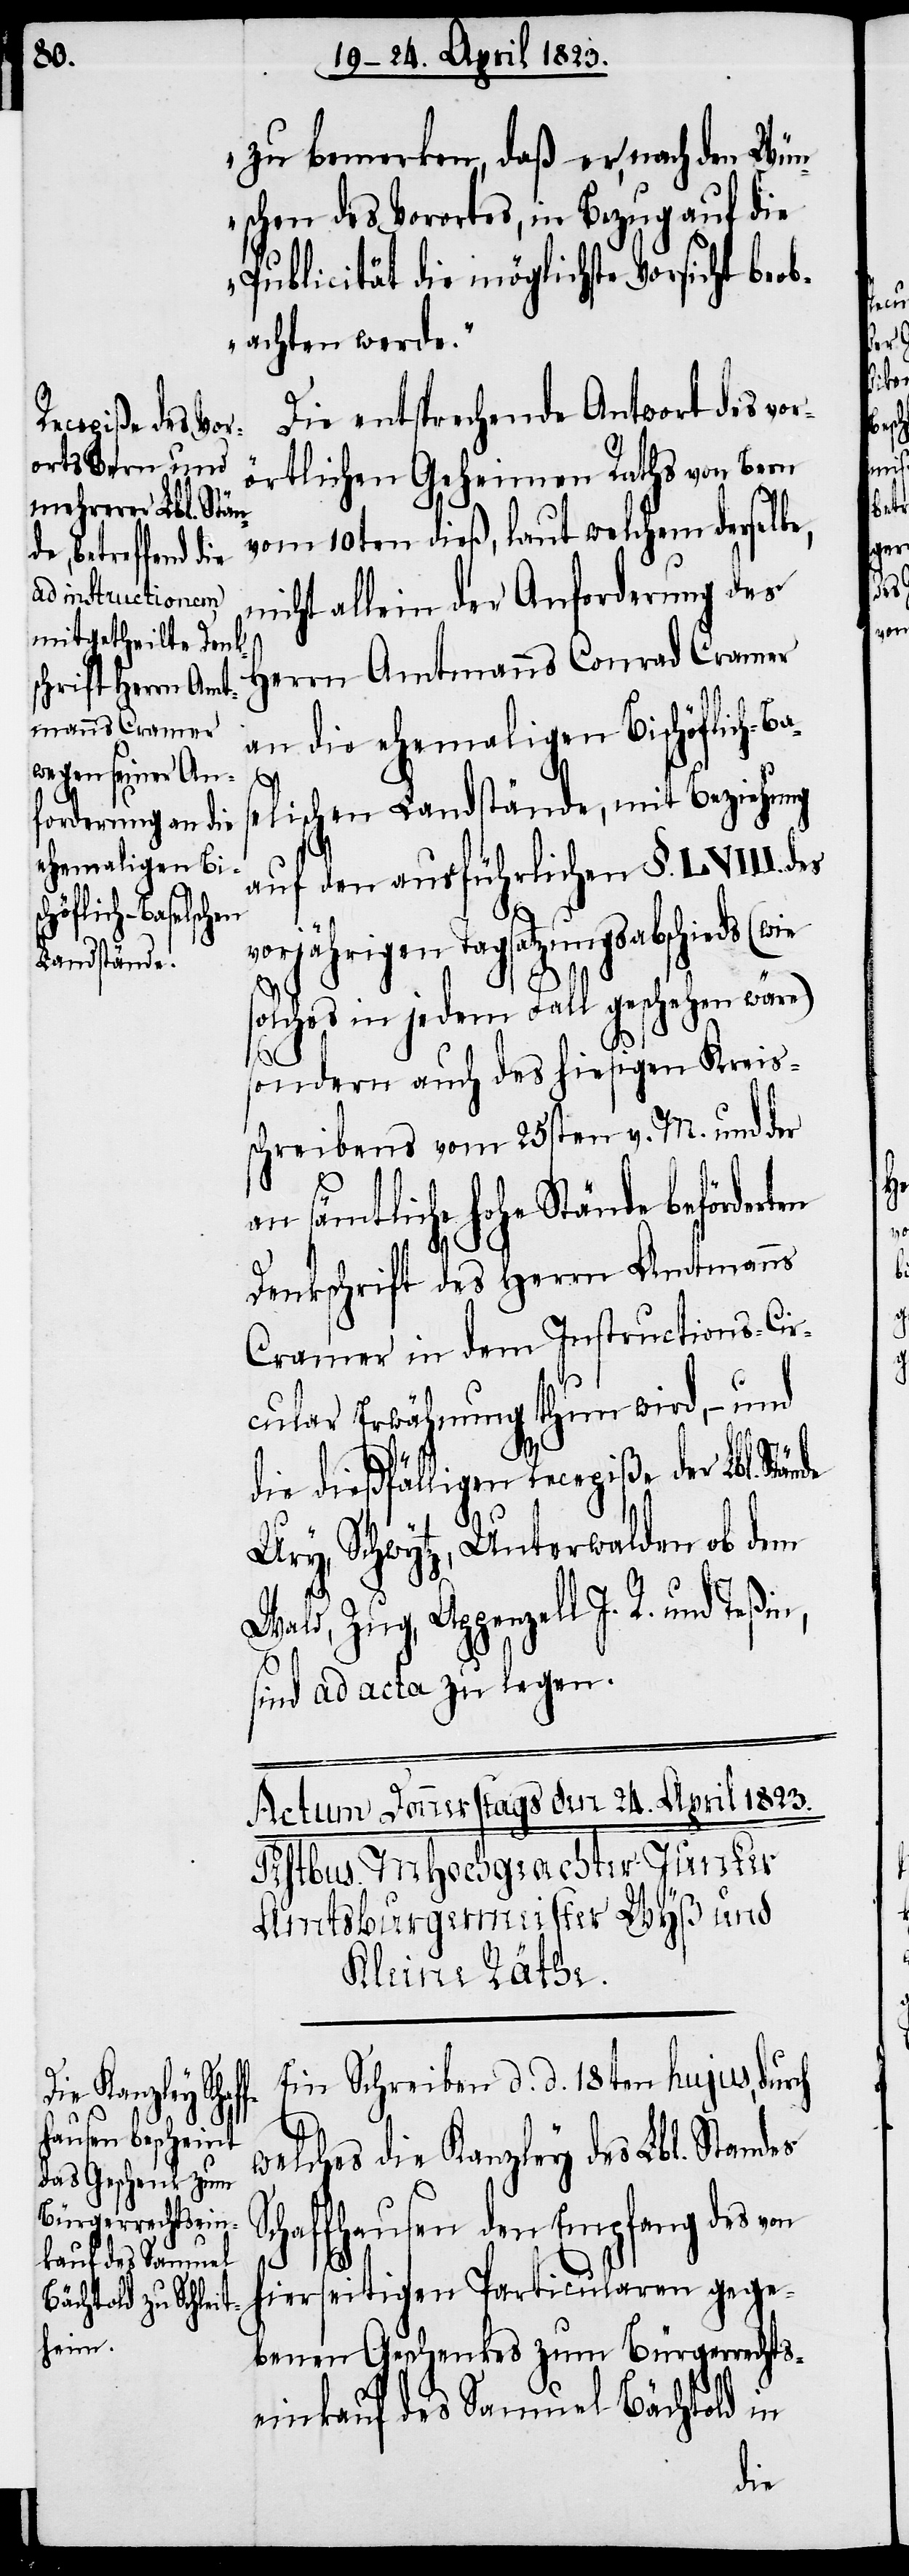
zu bemerken, daß er, nach den Wün¬
schen des Vorortes, in Bezug auf die
Publicität die möglichste Vorsicht beob¬
achten werde.“
Die entsprechende Antwort des vor¬
örtlichen Geheimen Raths von Bern
vom 10ten dieß, laut welchem derselbe,
nicht allein der Anforderung des
Herrn Amtmanns Conrad Cramer
an die ehemaligen Bischöflich-Ba¬
S¬
selischen Landstände, mit Beziehung
auf den ausführlichen §. LVIII. des
vorjährigen Tagsatzungsabschieds (wie
olches in jedem Fall geschehen wäre)
sondern auch des hiesigen Kreis¬
schreibens vom 25sten v. M. und der
an sämtliche hohe Stände beförderten
Denkschrift des Herrn Amtmanns
Cramer in dem Instructions-Cir¬
cular Erwähnung thun wird, – und
die dießfälligen Recepiße der Lbl.
Ury, Schwytz, Unterwalden ob dem
Wald, Zug, Appenzell I. R. und
sind ad acta zu legen.
Ein Schreiben d. d. 18ten hujus, durch
welches die Kanzley des Lbl. Standes
chaffhausen den Empfang des von
hierseitigen Particularen gege¬
benen Geschenkes zum Bürgerrechts¬
einkauf des Samuel Bächtold in